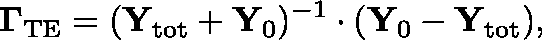
\mathbf { \Gamma } _ { \mathrm { T E } } = ( \mathbf { Y } _ { \mathrm { t o t } } + \mathbf { Y } _ { 0 } ) ^ { - 1 } \cdot ( \mathbf { Y } _ { 0 } - \mathbf { Y } _ { \mathrm { t o t } } ) ,